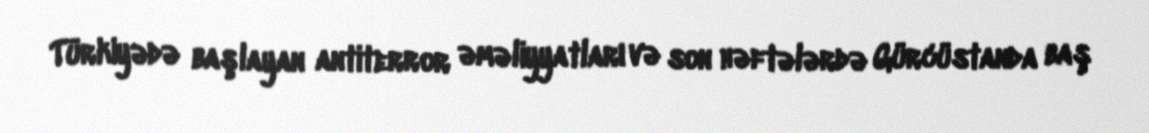
Türkiyədə başlayan antiterror əməliyyatları və son həftələrdə Gürcüstanda baş